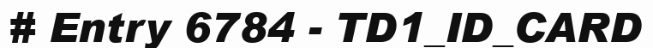
# Entry 6784 - TD1_ID_CARD